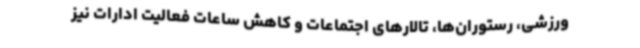
ورزشی، رستوران‌ها، تالارهای اجتماعات و کاهش ساعات فعالیت ادارات نیز